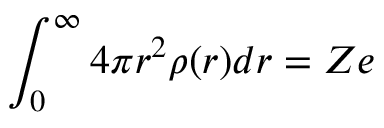
\int _ { 0 } ^ { \infty } 4 \pi r ^ { 2 } \rho ( r ) d r = Z e \,